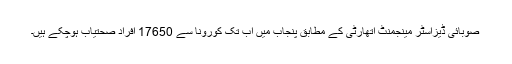
صوبائی ڈیزاسٹر مینجمنٹ اتھارٹی کے مطابق پنجاب میں اب تک کورونا سے 17650 افراد صحتیاب ہوچکے ہیں۔